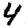
Digit: 4